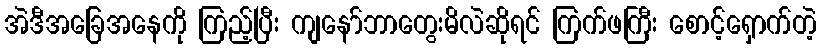
အဲဒီအခြေအနေကို ကြည့်ပြီး ကျနော်ဘာတွေးမိလဲဆိုရင် ကြက်ဖကြီး စောင့်ရှောက်တဲ့